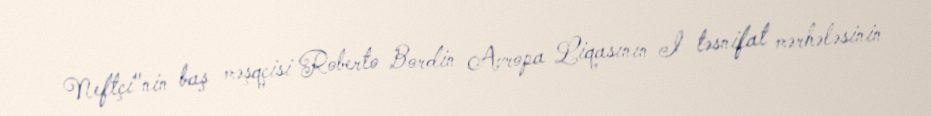
Neftçi"nin baş məşqçisi Roberto Bordin Avropa Liqasının I təsnifat mərhələsinin